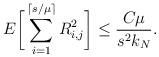
LaTeX: \begin{align*}E \bigg[ \sum_{i=1}^{\lceil s/\mu \rceil} R_{i,j}^2 \bigg] \leq \frac{C \mu}{s^2 k_N}.\end{align*}